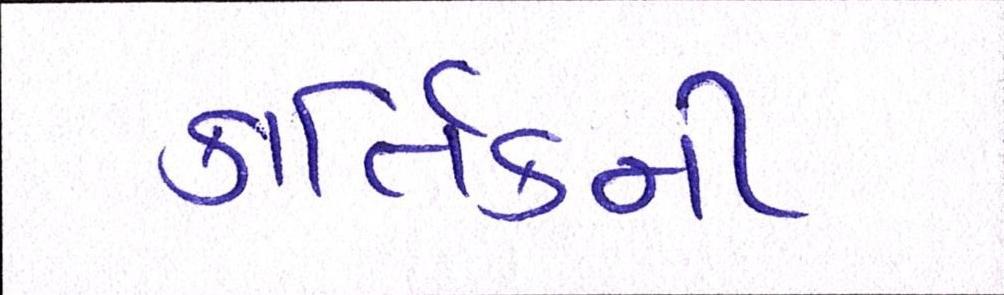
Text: કાર્તિકની